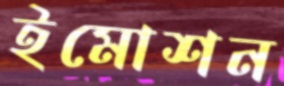
ইমোশন